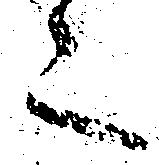
之